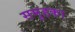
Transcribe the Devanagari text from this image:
समुहका